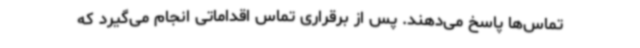
تماس‌ها پاسخ می‌دهند. پس از برقراری تماس اقداماتی انجام می‌گیرد که